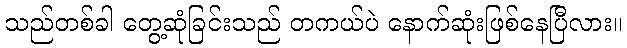
သည်တစ်ခါ တွေ့ဆုံခြင်းသည် တကယ်ပဲ နောက်ဆုံးဖြစ်နေပြီလား။